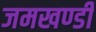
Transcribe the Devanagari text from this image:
जमखण्डी